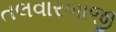
તલવારબાજી